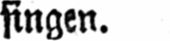
singen.